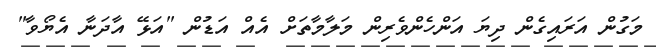
މަގުން އަރައިގެން ދިޔަ އަންހެންވެރިން މަލާމާތަށް އެއް އަޑުން "އަޅޭ އާދަނާ އެޔޯވާ"